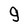
Character: g